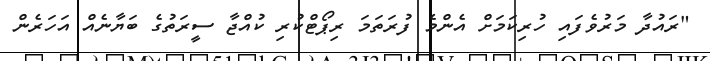
"ރައުދާ މަރުވެފައި ހުރިކަމަށް އެންމެ ފުރަތަމަ ރިޕޯޓްކުރި ކުއްޖާ ސީރަތުގެ ބަޔާނެއް އަހަރެން